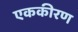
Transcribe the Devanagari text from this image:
एककीरण